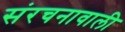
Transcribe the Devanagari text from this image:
संरचनावाली